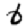
Digit: 6